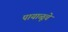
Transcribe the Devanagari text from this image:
पायाळूचे